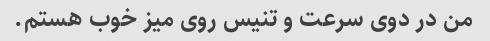
من در دوی سرعت و تنیس روی میز خوب هستم.